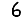
Digit: 6